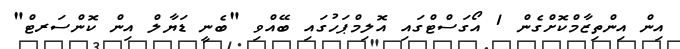
އިން އިންތިޒާމްކޮށްގެން 1 އޯގަސްޓްގައި އޮލިމްޕަހުގައި ބޭއްވި "ބެނީ ޑަޔާލް އިން ކޮންސަރޓް"